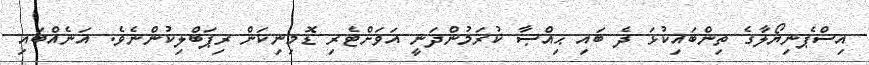
އިސްޕެނިޔޯލާގެ ތިންބައިކުޅަ ދެ ބައި ޙިއްޞާ ކުރަމުންދަނީ އަވަށްޓެރި ޑޮމިނިކަން ރިޕަބްލިކުންނެވެ. އަނެއްބައި